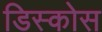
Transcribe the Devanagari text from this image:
डिस्कोस